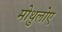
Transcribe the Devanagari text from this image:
मोथुलोए